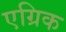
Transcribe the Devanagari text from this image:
एग्रिक